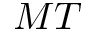
M T